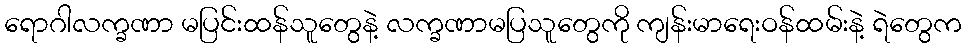
ရောဂါလက္ခဏာ မပြင်းထန်သူတွေနဲ့ လက္ခဏာမပြသူတွေကို ကျန်းမာရေးဝန်ထမ်းနဲ့ ရဲတွေက